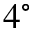
4 ^ { \circ }